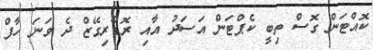
ކޮއްޓަން ގޮސް ތިބީ ކެޕްޓަން އަސަދު އާއި ރޮޑްރިގޭޒް ދެ ވަނަ ހާފް